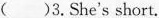
()3.She's short.